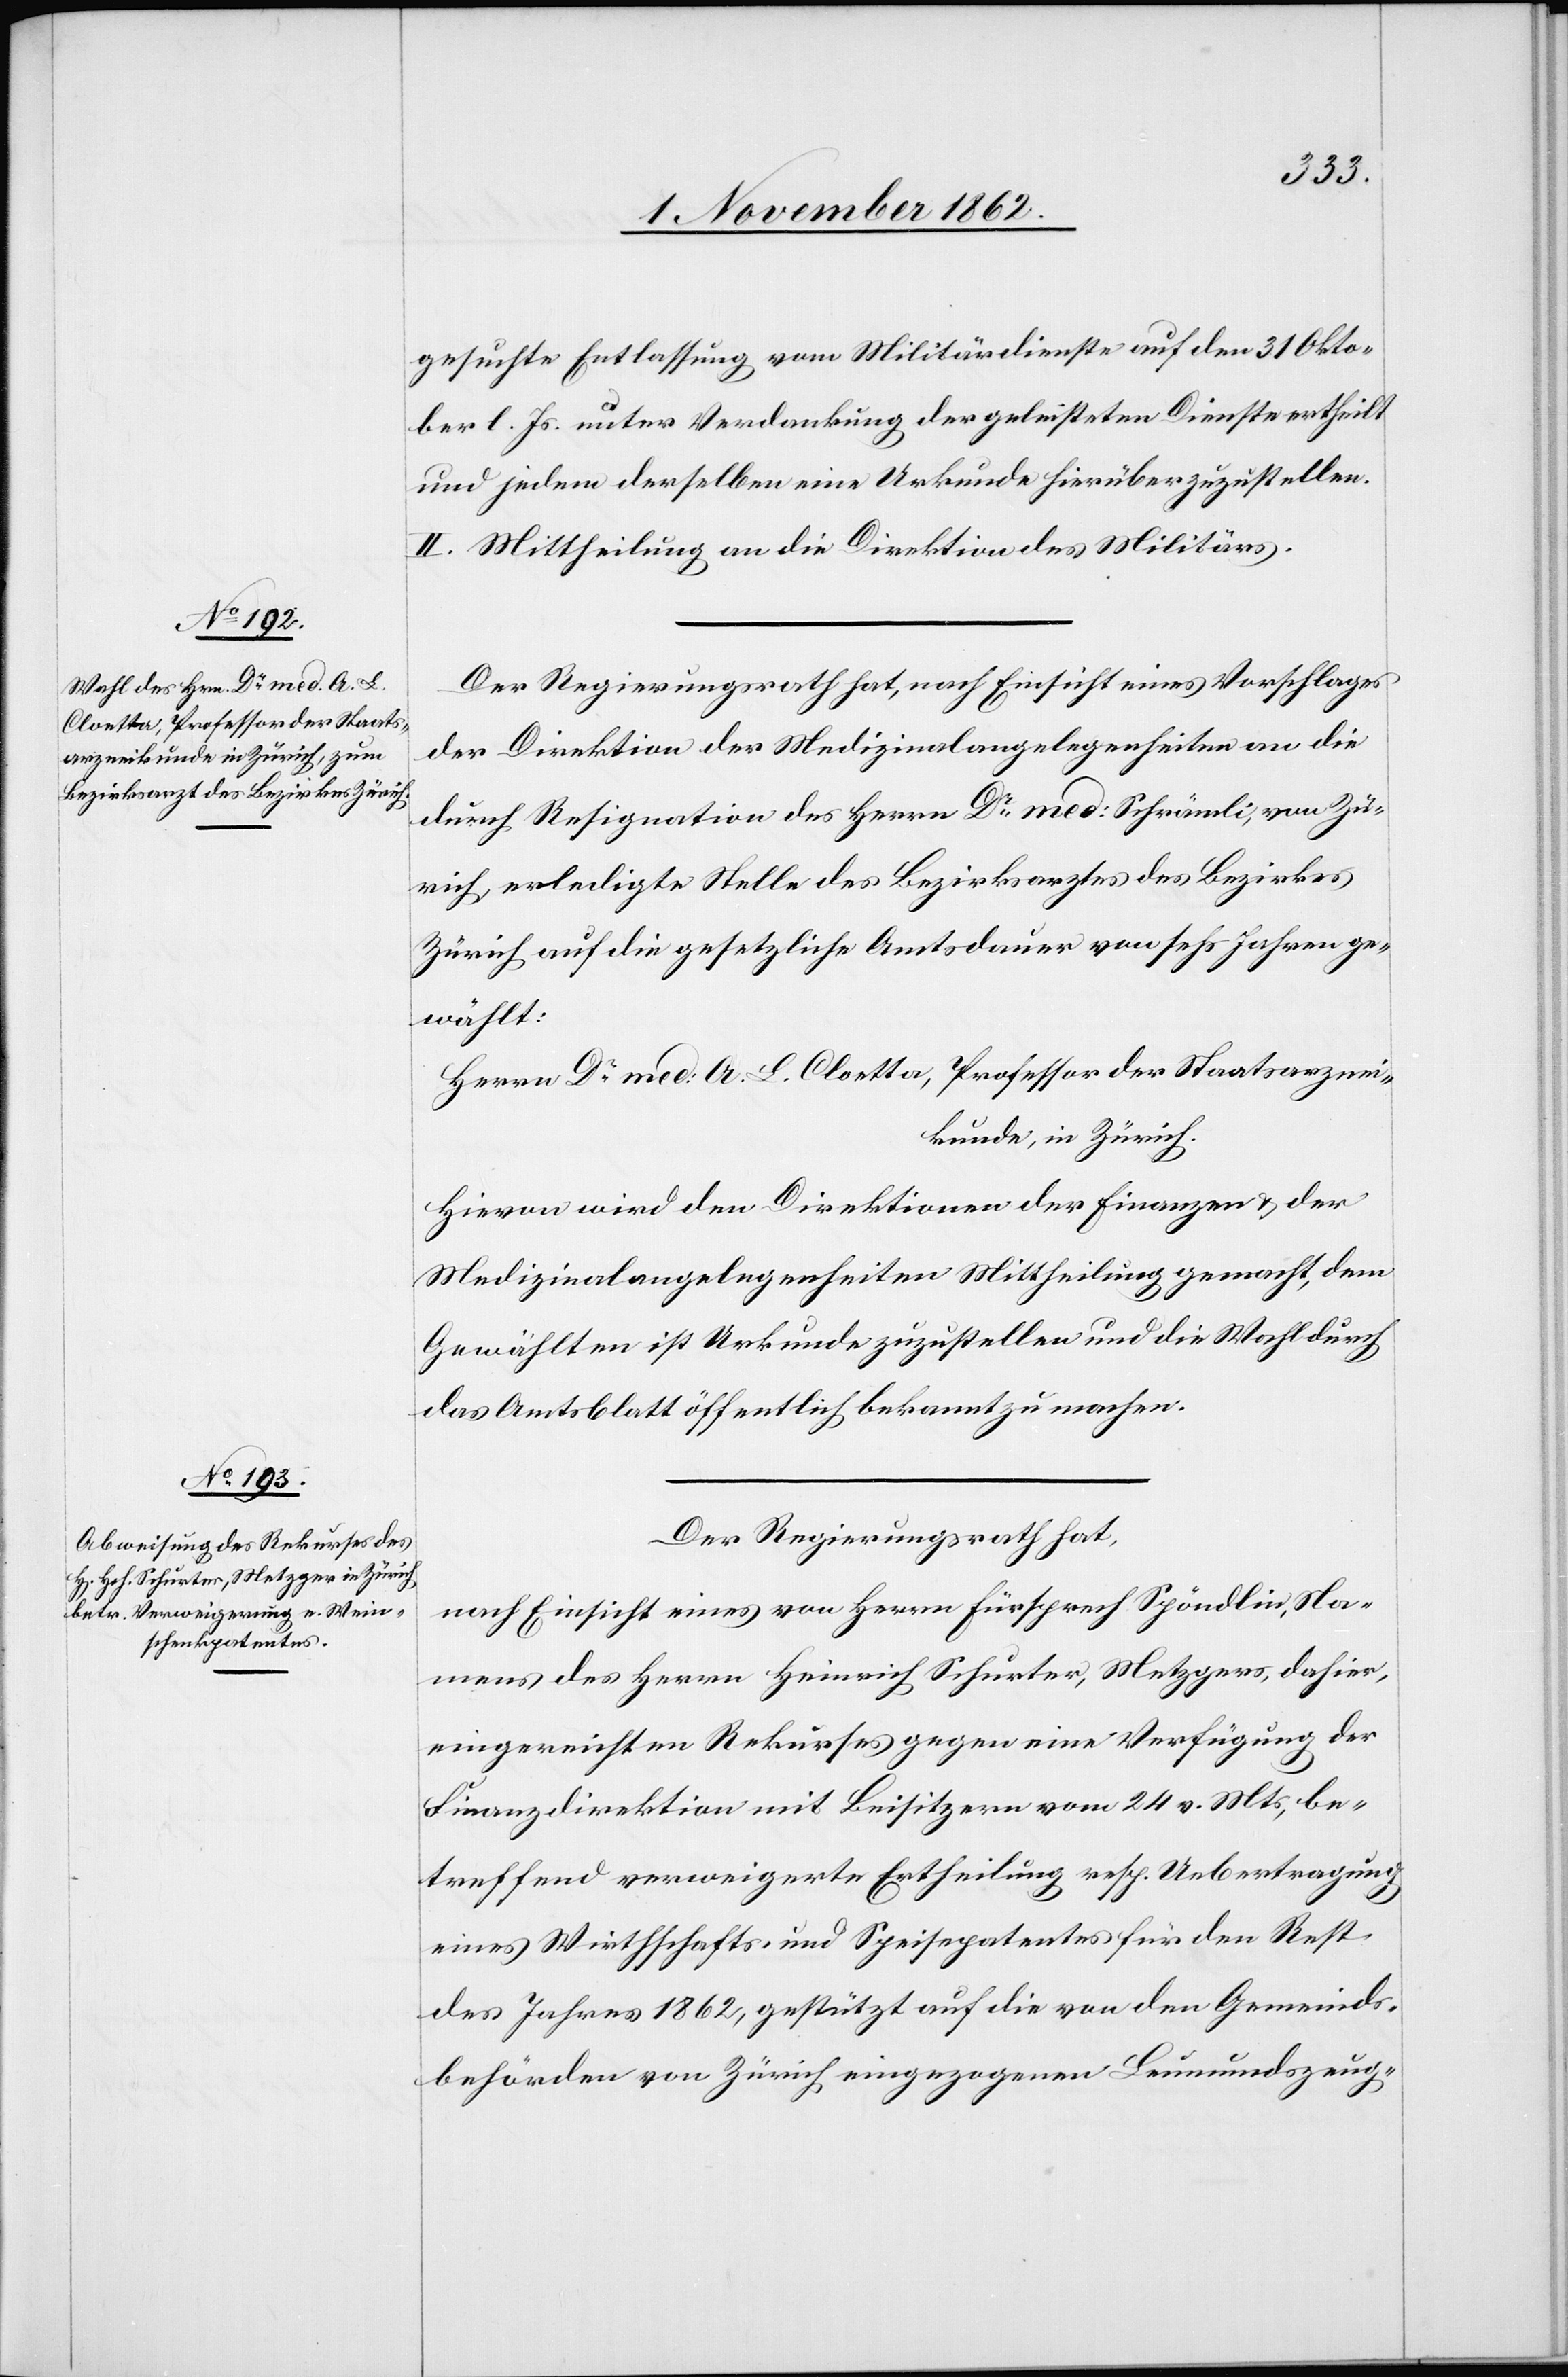
gesuchte Entlassung vom Militärdienste auf den 31. Okto¬
ber l. Js. unter Verdankung der geleisteten Dienste ertheilt
und jedem derselben eine Urkunde hierüber zuzustellen.
II. Mittheilung an die Direktion des Militärs.
Der Regierungsrath hat, nach Einsicht eines Vorschlages
der Direktion der Medizinalangelegenheiten an die
durch Resignation des Herrn Dr med: Schrämli, von Zü¬
rich, erledigte Stelle des Bezirksarztes des Bezirkes
Zürich auf die gesetzliche Amtsdauer von sechs Jahren ge¬
wählt:
Herrn Dr med. A. L. Cloetta, Professor der Staatsarznei¬
kunde, in Zürich.
Hievon wird den Direktionen der Finanzen u. der
Medizinalangelegenheiten Mittheilung gemacht, dem
Gewählten ist Urkunde zuzustellen und die Wahl durch
das Amtsblatt öffentlich bekannt zu machen.
Der Regierungsrath hat,
nach Einsicht eines von Herrn Fürsprech Spöndlin, Na¬
mens des Herrn Heinrich Schurter, Metzgers, dahier,
eingereichten Rekurses gegen eine Verfügung der
Finanzdirektion mit Beisitzern vom 24. v. Mts, be¬
treffend verweigerte Ertheilung resp. Uebertragung
eines Wirthschafts- und Speisepatentes für den Rest
des Jahres 1862, gestützt auf die von den Gemeinds¬
behörden von Zürich eingezogenen Leumundszeug-